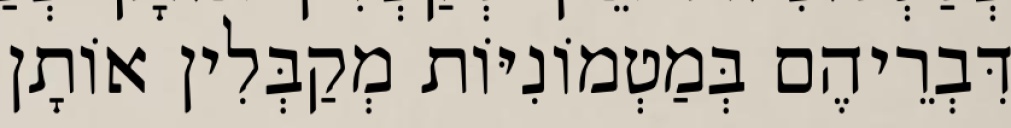
דִּבְרֵיהֶם בְּמַטְמוֹנִיּוֹת מְקַבְּלִין אוֹתָן